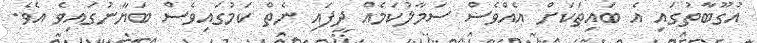
އުގޫބާތުގައި އެ ބައިތަކަށް އެއްވެސް ސަމާލުކަމެއް ދީފައި ނެތް ކަމުގައިވެސް ބަޔާނުގައިވެ އެވެ.